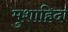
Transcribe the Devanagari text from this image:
मुशाहिदा